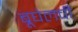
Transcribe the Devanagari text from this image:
ब्रूघेलची